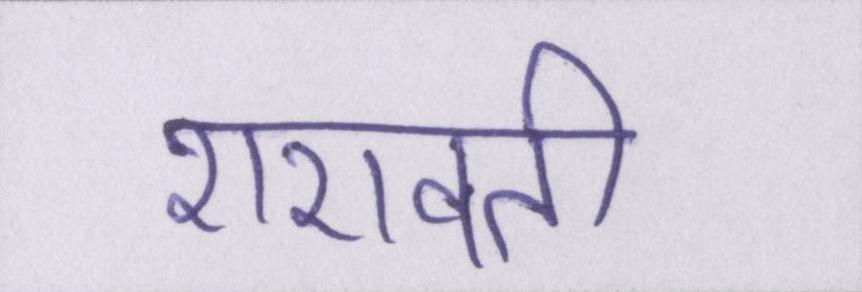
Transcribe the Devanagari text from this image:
शरावती